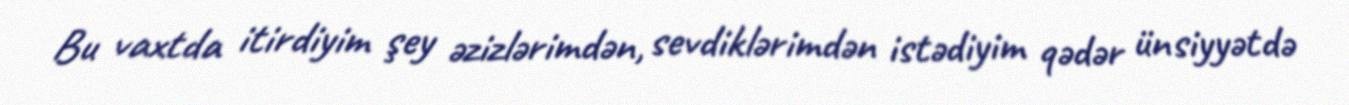
Bu vaxtda itirdiyim şey əzizlərimdən, sevdiklərimdən istədiyim qədər ünsiyyətdə